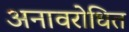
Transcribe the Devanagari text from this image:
अनावरोधित